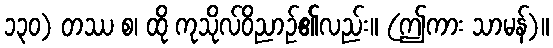
၁၃၀) တဿ စ၊ ထို ကုသိုလ်ဝိညာဉ်၏လည်း။ (ဤကား သာမန်)။